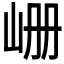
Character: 𪨪